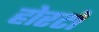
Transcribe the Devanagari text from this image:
होरटों